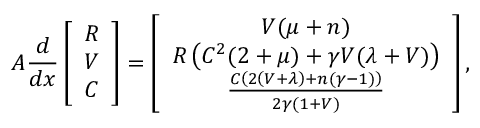
\boldsymbol { A } \frac { d } { d x } \left[ \begin{array} { c } { R } \\ { V } \\ { C } \end{array} \right] = \left[ \begin{array} { c } { V ( \mu + n ) } \\ { R \left( C ^ { 2 } ( 2 + \mu ) + \gamma V ( \lambda + V ) \right) } \\ { \frac { C \left( 2 \left( V + \lambda \right) + n ( \gamma - 1 ) \right) } { 2 \gamma ( 1 + V ) } } \end{array} \right] ,